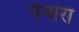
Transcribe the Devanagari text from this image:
पेनारा